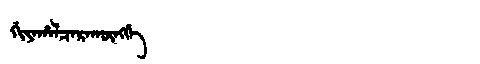
Manchu: ᡤᡳᠶᠠᡥᠠᠯᠴᠠᡵᠠᡴᡡᠩᡤᡝ
Romanization: GIYAHALCARAKŪNGGE